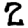
Digit: 2